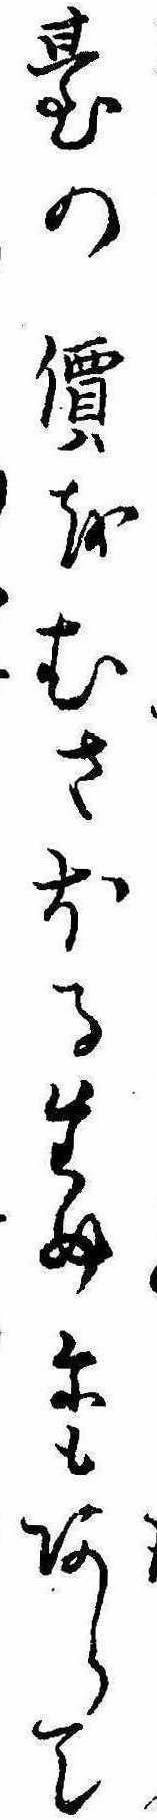
台の價をむさほるためにもあらて